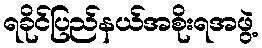
ရခိုင်ပြည်နယ်အစိုးရအဖွဲ့